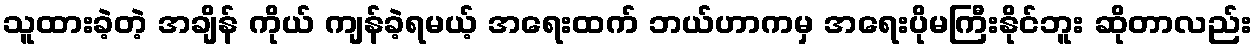
သူထားခဲ့တဲ့ အချိန် ကိုယ် ကျန်ခဲ့ရမယ့် အရေးထက် ဘယ်ဟာကမှ အရေးပိုမကြီးနိုင်ဘူး ဆိုတာလည်း